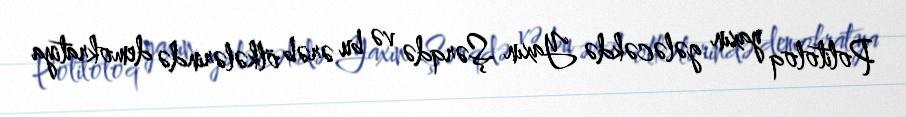
Politoloq yaxın gələcəkdə Yaxın Şərqdə və bu ərəb ölkələrində demokratiya